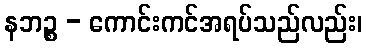
နဘဉ္စ - ကောင်းကင်အရပ်သည်လည်း၊